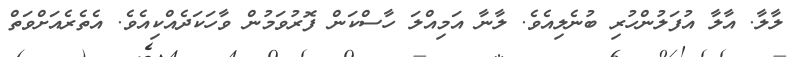
ލާލާ. އާލާ އުފަލުންހުރި ބުނެލިއެވެ. ލާނާ އަމިއްލަ ހާސްކަން ފޮރުވަމުން ވާހަކަދެއްކިއެވެ. އެތެރެއަށްވަތް